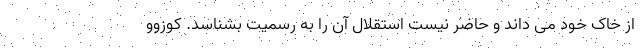
از خاک خود می داند و حاضر نیست استقلال آن را به رسمیت بشناسد. کوزوو